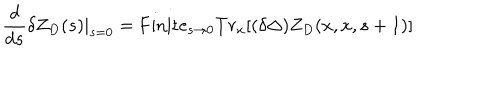
LaTeX: { \frac { d } { d s } } \delta Z _ { D } ( s ) | _ { s = 0 } = \mathrm { F i n i t e } _ { s \to 0 } T r _ { x } [ ( \delta \Delta ) Z _ { D } ( x , x , s + 1 ) ]